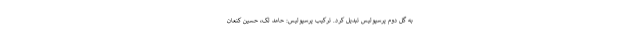
به گل دوم پرسپولیس تبدیل کرد. ترکیب پرسپولیس: حامد لک، حسین کنعان